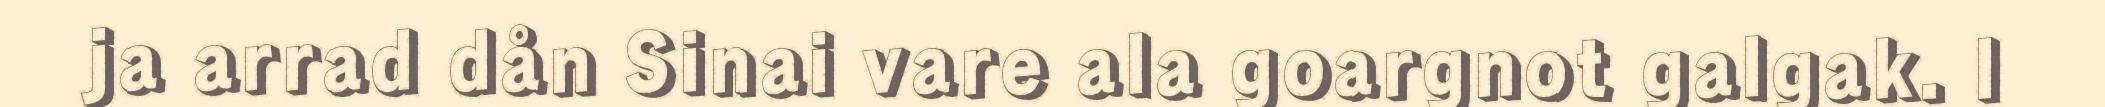
ja arrad dån Sinai vare ala goargnot galgak. I